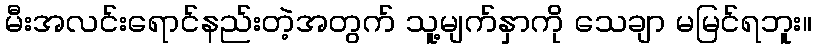
မီးအလင်းရောင်နည်းတဲ့အတွက် သူ့မျက်နှာကို သေချာ မမြင်ရဘူး။